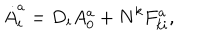
\dot { A } _ { i } ^ { a } = D _ { i } A _ { 0 } ^ { a } + N ^ { k } F _ { k i } ^ { a } ,